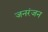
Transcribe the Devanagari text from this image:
जनरंजन